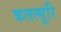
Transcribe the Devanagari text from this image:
कलत्सूरि